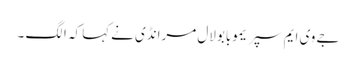
جے وی ایم سپریموبابولال مرانڈی نےکہا کہ الگ ۔